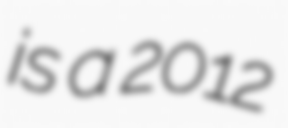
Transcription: is a 2012